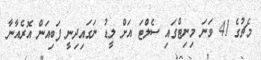
މެޗުގެ 41 ވަނަ މިނިޓްގައި ސެލްޓަ އަށް ލީޑު ނަގައިދިނީ ފަބިއަން އޮރެއާނާ